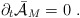
\begin{align*}{\partial}_t \bar{\cal{A}}_M = 0\ .\end{align*}